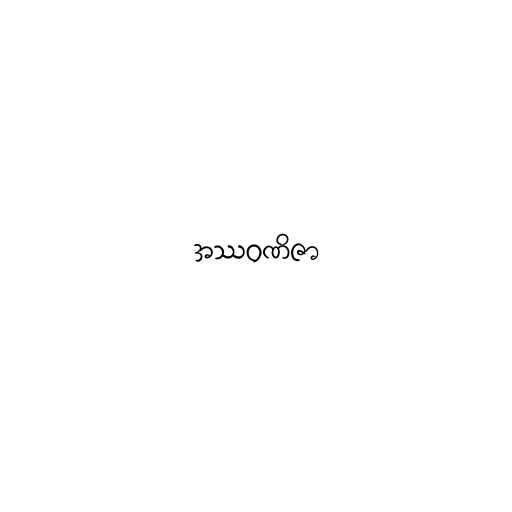
အဿဝဏိဇာ